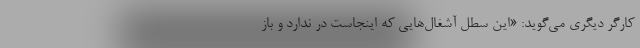
کارگر دیگری می‌گوید: «این سطل آشغال‌هایی که اینجاست در ندارد و باز